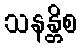
သနန္တိစ